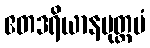
ဧတဒရိယာနမုတ္တမံ